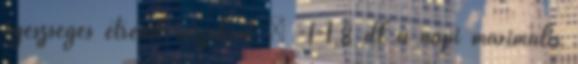
egészséges étrend részeként – -1-1,8 dl a napi maximális